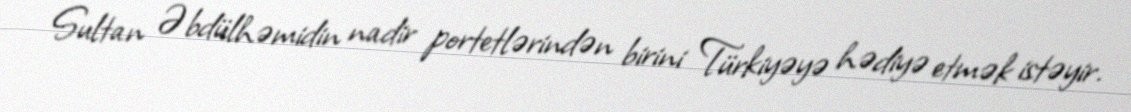
Sultan Əbdülhəmidin nadir portetlərindən birini Türkiyəyə hədiyə etmək istəyir.